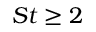
S t \ge 2